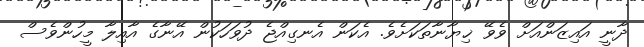
ދާނީ އައިޒަންއަށް ވެވޭ ޚިޔާނާތަކަށެވެ. އެކަން އެނގިއްޖެ ދުވަހަކުން އޭނާގެ އާއިލާ މީހުންވެސް